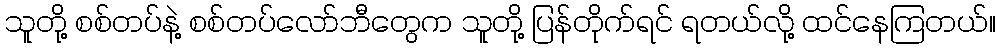
သူတို့ စစ်တပ်နဲ့ စစ်တပ်လော်ဘီတွေက သူတို့ ပြန်တိုက်ရင် ရတယ်လို့ ထင်နေကြတယ်။